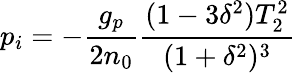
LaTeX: p_{i}=-\frac{g_{p}}{2n_{0}}\frac{(1-3\delta^{2})T_{2}^{2}}{(1+\delta^{2})^{3}}